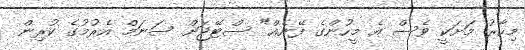
މިހާރު މަށަކީ ވެސް އެ މީހުންގެ ފޭނެއް" ސްޓޭޖަށް ސަނަމް އެރުމުގެ ކުރިން